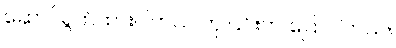
ဆောင်ရွက်ထားပါတယ် ဟု ၎င်းက ပြောပါတယ်။